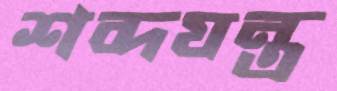
শব্দযন্ত্র